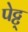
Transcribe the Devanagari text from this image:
पेट्ट्